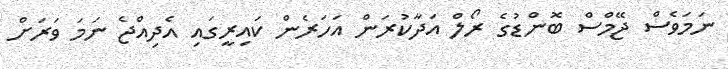
ނަމަވެސް ޖޭމްސް ބޮންޑުގެ ރޯލް އަދާކުރަން އަހަރެން ކައިރީގައި އެދިއްޖެ ނަމަ ވަރަށް